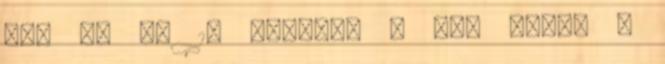
45, 30 és 15 nappal. A nap vicce i